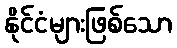
နိုင်ငံများဖြစ်သော